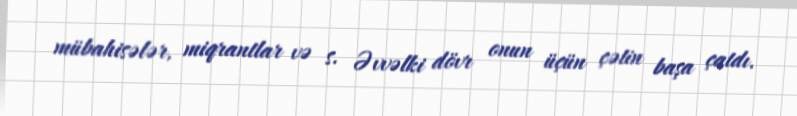
mübahisələr, miqrantlar və s. Əvvəlki dövr onun üçün çətin başa çatdı.